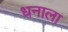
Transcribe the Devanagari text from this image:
धनाला